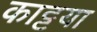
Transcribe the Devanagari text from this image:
काट्टया